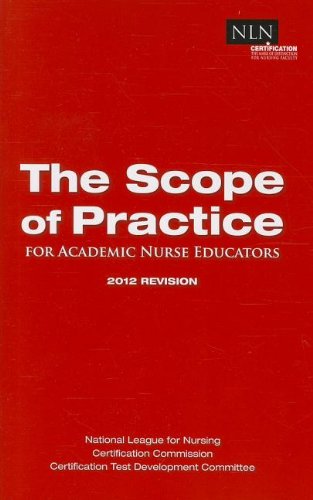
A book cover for Scope of Practice; National League for Nursing; Medical Books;